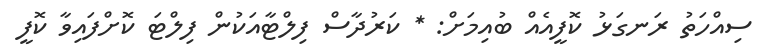
ސިއްހަތު ރަނގަޅު ކޮފީއެއް ބުއިމަށް: * ކަރުދާސް ފިލްޓާއަކުން ފިލްޓަ ކޮށްފައިވާ ކޮފީ